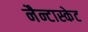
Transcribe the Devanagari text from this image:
नैन्टास्केट